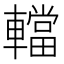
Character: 𨎴